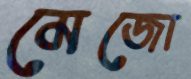
মেজো